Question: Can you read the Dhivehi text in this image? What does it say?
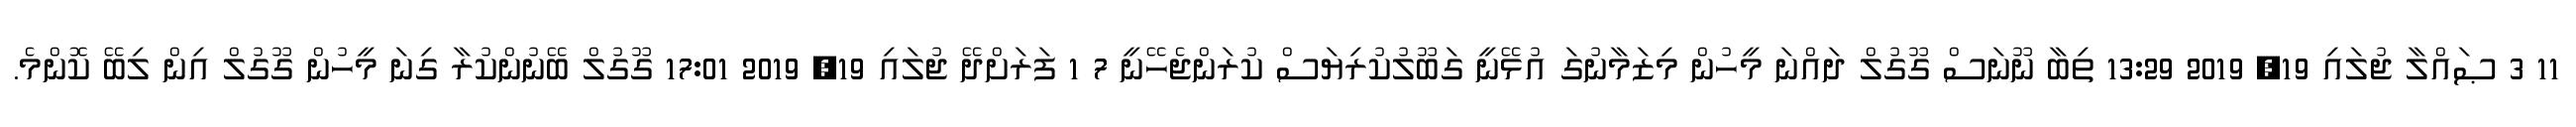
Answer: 11 3 ޞައްލާ ޖުލައި 19, 2019 13:29 ތިބާ ނޫނަސް ގޫގުލް ދައްނަ މީހުން މިޒަމާނުގަ އުޅޭނީ ގަބޫލުކުރިޔަސް ކުރަންޖެހޭނީ 7 1 ފަރަށްދޭ ޖުލައި 19, 2019 17:01 ގޫގުލް ބޭނުންކުރާ ގިނަ މީހުން ގޫގުލް އިން ލިބޭ ކޮންމެ.